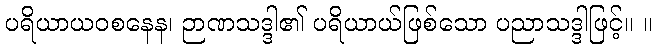
ပရိယာယဝစနေန၊ ဉာဏသဒ္ဒါ၏ ပရိယာယ်ဖြစ်သော ပညာသဒ္ဒါဖြင့်။ ။